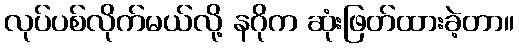
လုပ်ပစ်လိုက်မယ်လို့ နဂိုက ဆုံးဖြတ်ထားခဲ့တာ။